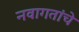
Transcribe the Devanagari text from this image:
नवागतांचे